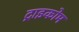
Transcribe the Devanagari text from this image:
ट्राइकोम